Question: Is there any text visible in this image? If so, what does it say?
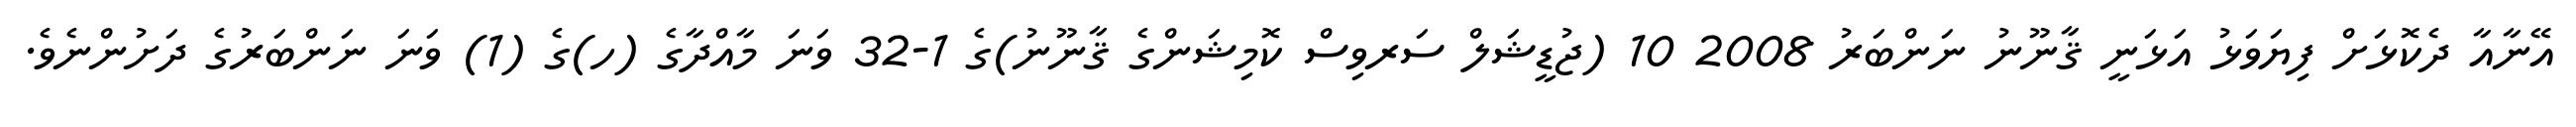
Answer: އޭނާއާ ދެކޮޅަށް ފިޔަވަޅު އަޅަނީ ޤާނޫނު ނަންބަރު 2008 10 (ޖުޑީޝަލް ސަރވިސް ކޮމިޝަންގެ ޤާނޫނު)ގެ 1-32 ވަނަ މާއްދާގެ (ހ)ގެ (1) ވަނަ ނަންބަރުގެ ދަށުންނެވެ.